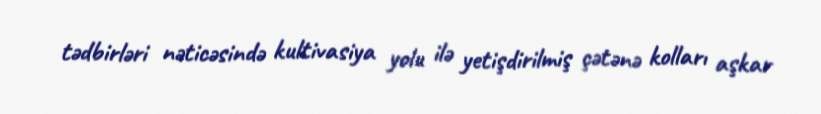
tədbirləri nəticəsində kultivasiya yolu ilə yetişdirilmiş çətənə kolları aşkar